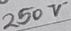
Text: 250V